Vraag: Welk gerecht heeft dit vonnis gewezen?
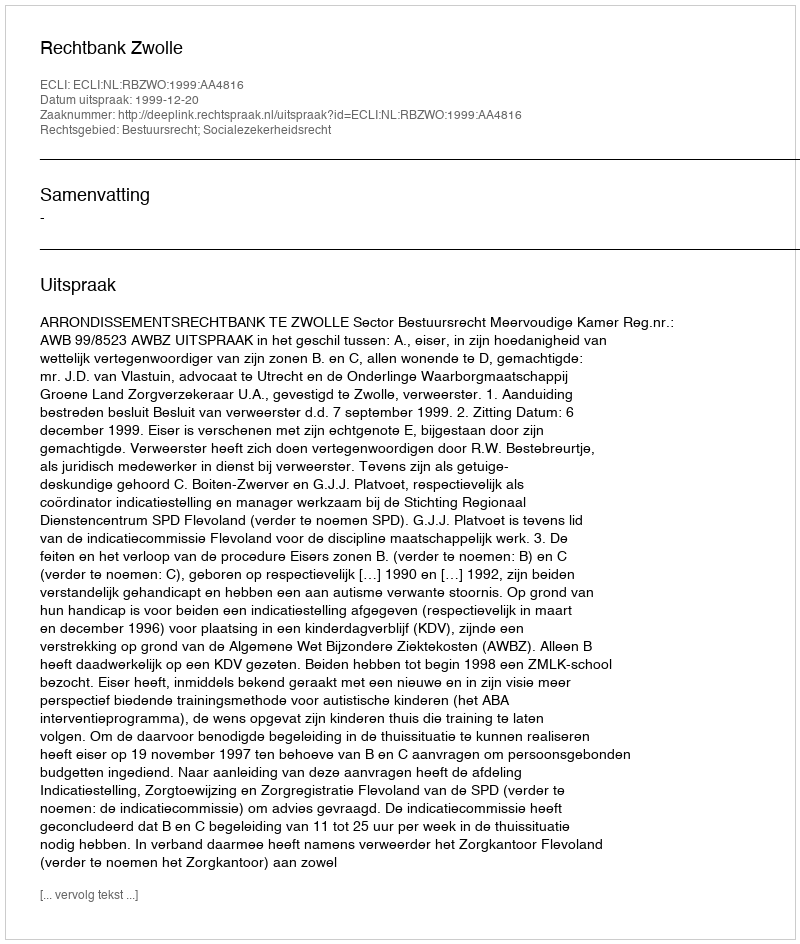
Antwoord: Rechtbank Zwolle